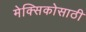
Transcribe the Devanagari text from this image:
मेक्सिकोसाठी